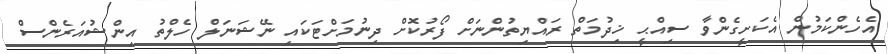
އެހެންކަމުން އެކަށީގެންވާ ސިއްޙީ ޚިދުމަތް ރައްޔިތުންނަށް ފޯރުކޮށް ދިނުމަށްޓަކައި ނޭޝަނަލް ހެލްތު އިންޝުއަރެންސް